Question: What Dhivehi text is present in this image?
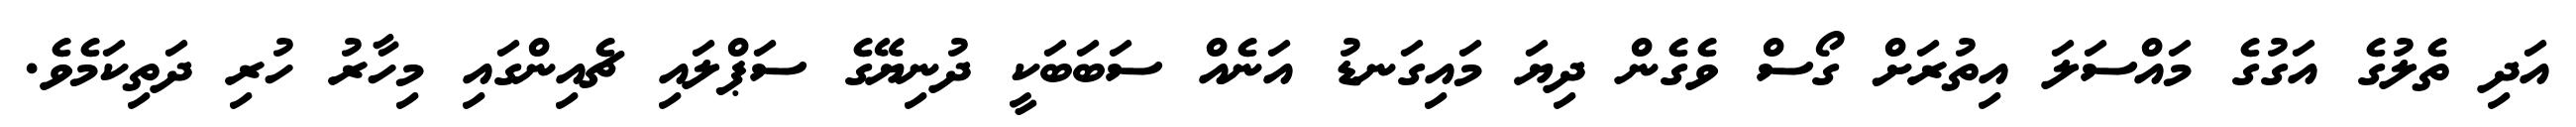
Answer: އަދި ތެލުގެ އަގުގެ މައްސަލަ އިތުރަށް ގޯސް ވެގެން ދިޔަ މައިގަނޑު އަނެއް ސަބަބަކީ ދުނިޔޭގެ ސަޕްލައި ޗެއިންގައި މިހާރު ހުރި ދަތިކަމެވެ.